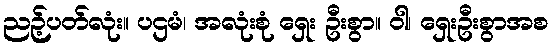
ညဉ့်ပတ်လုံး။ ပဌမံ၊ အလုံးစုံ ရှေး ဦးစွာ။ ဝါ၊ ရှေးဦးစွာအစ